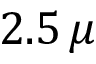
2 . 5 \, \mu